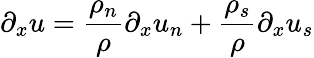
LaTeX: \partial_{x}u=\frac{\rho_{n}}{\rho}\partial_{x}u_{n}+\frac{\rho_{s}}{\rho}\partial_{x}u_{s}